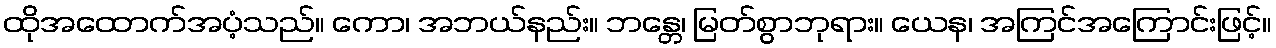
ထိုအထောက်အပံ့သည်။ ကော၊ အဘယ်နည်း။ ဘန္တေ၊ မြတ်စွာဘုရား။ ယေန၊ အကြင်အကြောင်းဖြင့်။